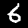
Digit: 6